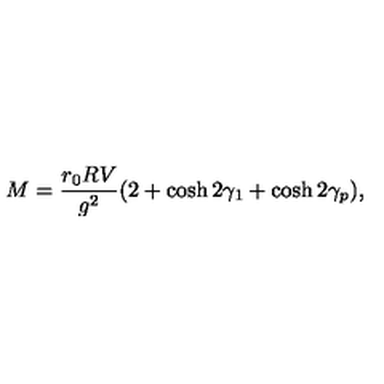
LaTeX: M = { \frac { r _ { 0 } R V } { g ^ { 2 } } } ( 2 + \cosh 2 \gamma _ { 1 } + \cosh 2 \gamma _ { p } ) ,